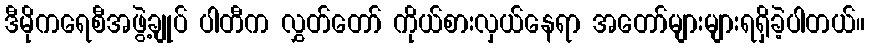
ဒီမိုကရေစီအဖွဲ့ချုပ် ပါတီက လွှတ်တော် ကိုယ်စားလှယ်နေရာ အတော်များများရရှိခဲ့ပါတယ်။